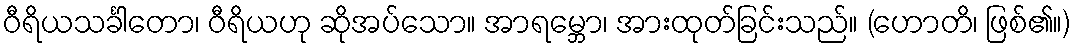
ဝီရိယသင်္ခါတော၊ ဝီရိယဟု ဆိုအပ်သော။ အာရမ္ဘော၊ အားထုတ်ခြင်းသည်။ (ဟောတိ၊ ဖြစ်၏။)